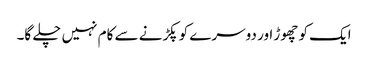
ایک کو چھوڑ اور دوسرے کو پکڑنے سے کام نہیں چلے گا۔